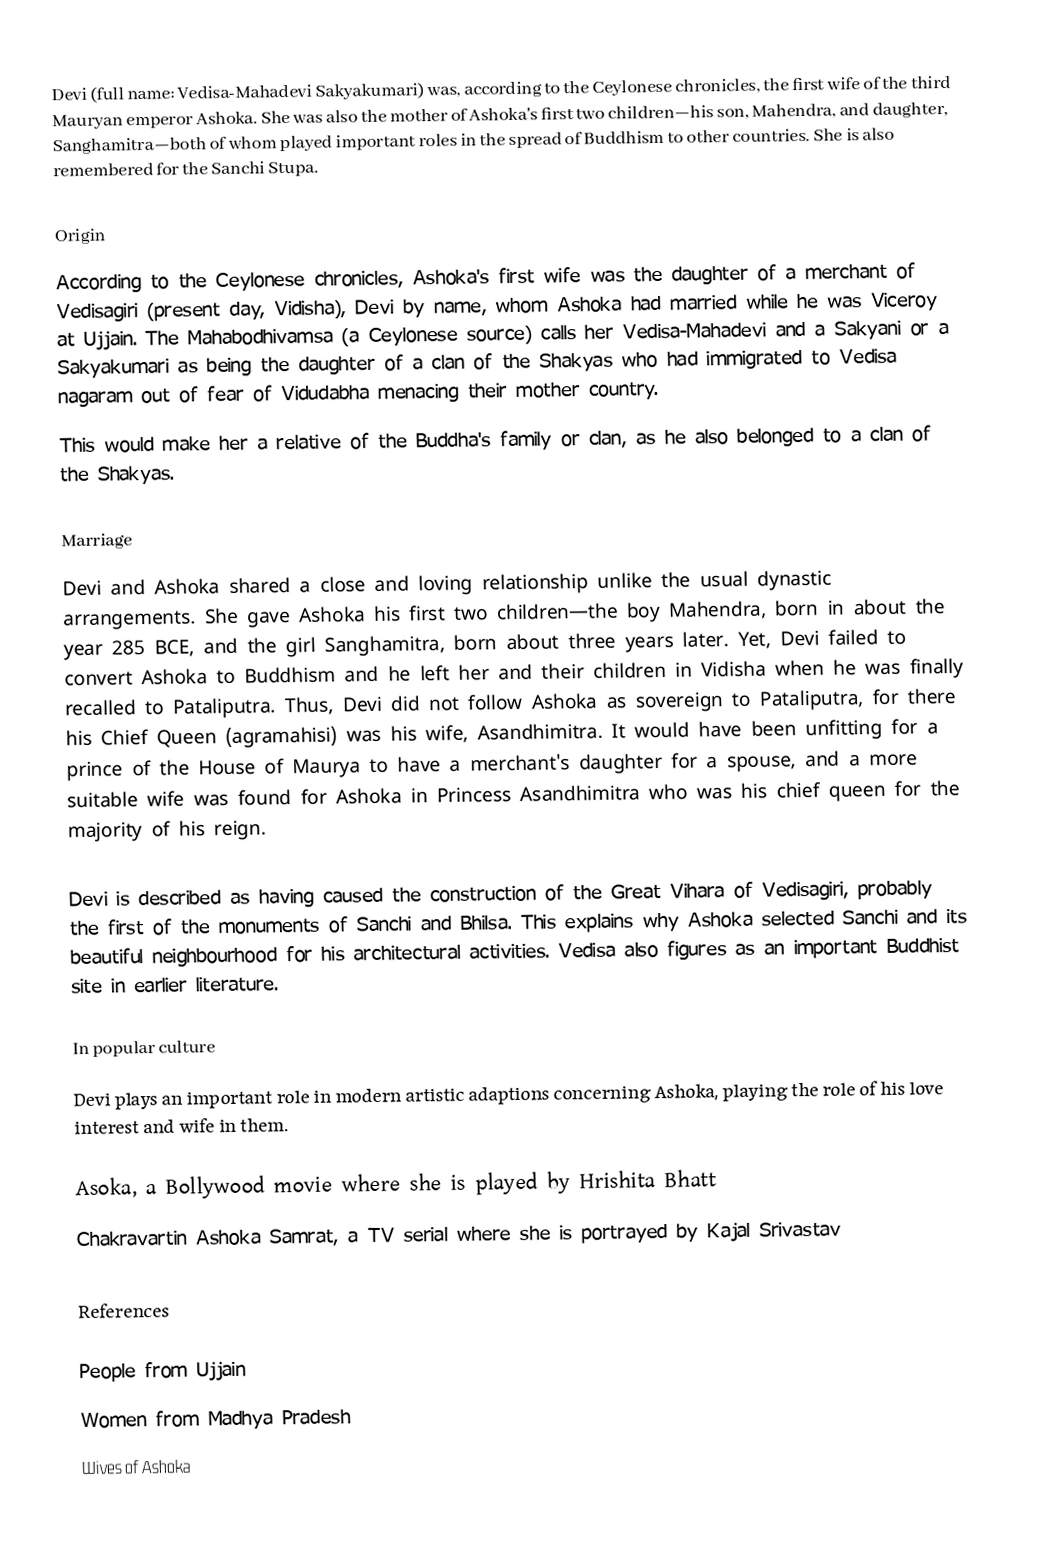
Devi (full name: Vedisa-Mahadevi Sakyakumari) was, according to the Ceylonese chronicles, the first wife of the third Mauryan emperor Ashoka. She was also the mother of Ashoka's first two children—his son, Mahendra, and daughter, Sanghamitra—both of whom played important roles in the spread of Buddhism to other countries. She is also remembered for the Sanchi Stupa.

Origin
According to the Ceylonese chronicles, Ashoka's first wife was the daughter of a merchant of Vedisagiri (present day, Vidisha), Devi by name, whom Ashoka had married while he was Viceroy at Ujjain. The Mahabodhivamsa (a Ceylonese source) calls her Vedisa-Mahadevi and a Sakyani or a Sakyakumari as being the daughter of a clan of the Shakyas who had immigrated to Vedisa nagaram out of fear of Vidudabha menacing their mother country.
This would make her a relative of the Buddha's family or clan, as he also belonged to a clan of the Shakyas.

Marriage
Devi and Ashoka shared a close and loving relationship unlike the usual dynastic arrangements. She gave Ashoka his first two children—the boy Mahendra, born in about the year 285 BCE, and the girl Sanghamitra, born about three years later. Yet, Devi failed to convert Ashoka to Buddhism and he left her and their children in Vidisha when he was finally recalled to Pataliputra. Thus, Devi did not follow Ashoka as sovereign to Pataliputra, for there his Chief Queen (agramahisi) was his wife, Asandhimitra. It would have been unfitting for a prince of the House of Maurya to have a merchant's daughter for a spouse, and a more suitable wife was found for Ashoka in Princess Asandhimitra who was his chief queen for the majority of his reign.

Devi is described as having caused the construction of the Great Vihara of Vedisagiri, probably the first of the monuments of Sanchi and Bhilsa. This explains why Ashoka selected Sanchi and its beautiful neighbourhood for his architectural activities. Vedisa also figures as an important Buddhist site in earlier literature.

In popular culture
Devi plays an important role in modern artistic adaptions concerning Ashoka, playing the role of his love interest and wife in them.

 Asoka, a Bollywood movie where she is played by Hrishita Bhatt
 Chakravartin Ashoka Samrat, a TV serial where she is portrayed by Kajal Srivastav

References

People from Ujjain
Women from Madhya Pradesh
Wives of Ashoka